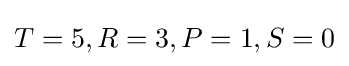
T=5,R=3,P=1,S=0